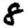
Digit: 8